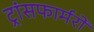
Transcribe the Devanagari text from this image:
ट्रांसफार्मरों